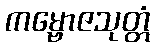
ကမ္ဗောဇသုတ္တံ